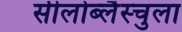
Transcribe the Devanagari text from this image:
सीलोब्लैस्चुला